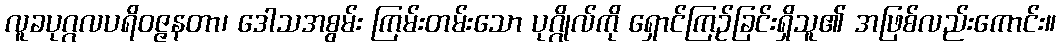
လူခပုဂ္ဂလပရိဝဇ္ဇနတာ၊ ဒေါသအစွမ်း ကြမ်းတမ်းသော ပုဂ္ဂိုလ်ကို ရှောင်ကြဉ်ခြင်းရှိသူ၏ အဖြစ်လည်းကောင်း။